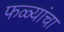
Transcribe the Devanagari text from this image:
फळ्यांचा